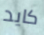
كايد